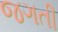
જગતી